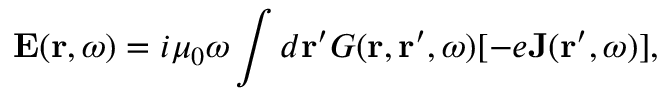
\mathbf { E } ( \mathbf { r } , \omega ) = i \mu _ { 0 } \omega \int d \mathbf { r } ^ { \prime } G ( \mathbf { r } , \mathbf { r } ^ { \prime } , \omega ) [ - e \mathbf { J } ( \mathbf { r } ^ { \prime } , \omega ) ] ,